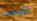
الدمى